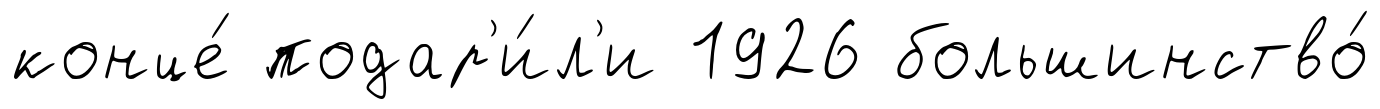
конце́ подар'и́л'и 1926 большинство́